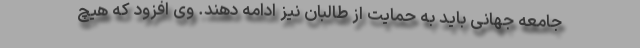
جامعه جهانی باید به حمایت از طالبان نیز ادامه دهند. وی افزود که هیچ